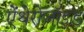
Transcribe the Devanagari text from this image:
ऐंथेरोजॉइड